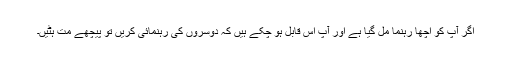
اگر آپ کو اچھا رہنما مل گیا ہے اور آپ اس قابل ہو چکے ہیں کہ دوسروں کی رہنمائی کریں تو پیچھے مت ہٹیں۔